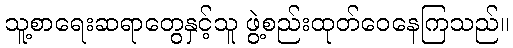
သူ့စာရေးဆရာတွေနှင့်သူ ဖွဲ့စည်းထုတ်ဝေနေကြသည်။